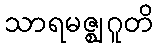
သာရမဇ္ဈဂူတိ